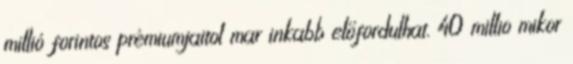
millió forintos prémiumjaitol mar inkabb előfordulhat. 40 millio mikor